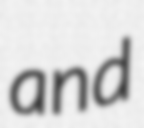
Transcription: and